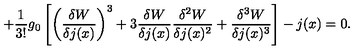
+ \frac { 1 } { 3 ! } g _ { 0 } \left[ \left( \frac { \delta W } { \delta j ( x ) } \right) ^ { 3 } + 3 \frac { \delta W } { \delta j ( x ) } \frac { \delta ^ { 2 } W } { \delta j ( x ) ^ { 2 } } + \frac { \delta ^ { 3 } W } { \delta j ( x ) ^ { 3 } } \right] - j ( x ) = 0 .